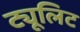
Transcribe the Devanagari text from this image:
ट्यूलिट